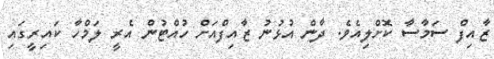
ޒާއިފް ސަމާސާ ކޮށްލިއެވެ. ދާން އުޅުނު ޒާއިފްއަށް ހުއްޓުން އެރީ ލަމްހާ ކައިރީގައި